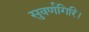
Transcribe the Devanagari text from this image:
सुवर्णगिरि।